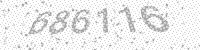
Solution: 686116